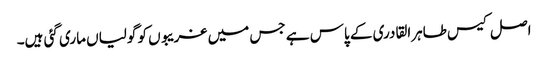
اصل کیس طاہرالقادری کے پاس ہے جس میں غریبوں کو گولیاں ماری گئی ہیں۔